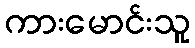
ကားမောင်းသူ